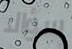
سؤالا